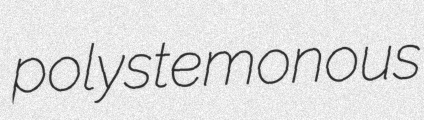
polystemonous